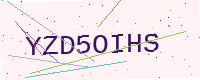
Text: YZD5OIHS